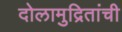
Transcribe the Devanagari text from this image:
दोलामुद्रितांची